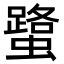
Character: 𧒍